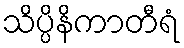
သိပ္ပိနိကာတီရံ